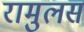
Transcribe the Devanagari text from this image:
रामुलस